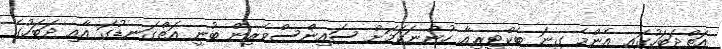
އަތްދަބަހުގައި އެންމެ ގިނަ ބެކްޓީރިއާ ހުންނަކަމަށް ސައިންސްވެރިން ބުނީ އަތްގަނޑުގަ އާއި ދަބަހުގެ